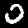
Digit: 0